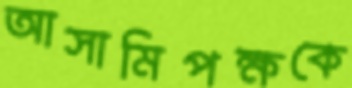
আসামিপক্ষকে